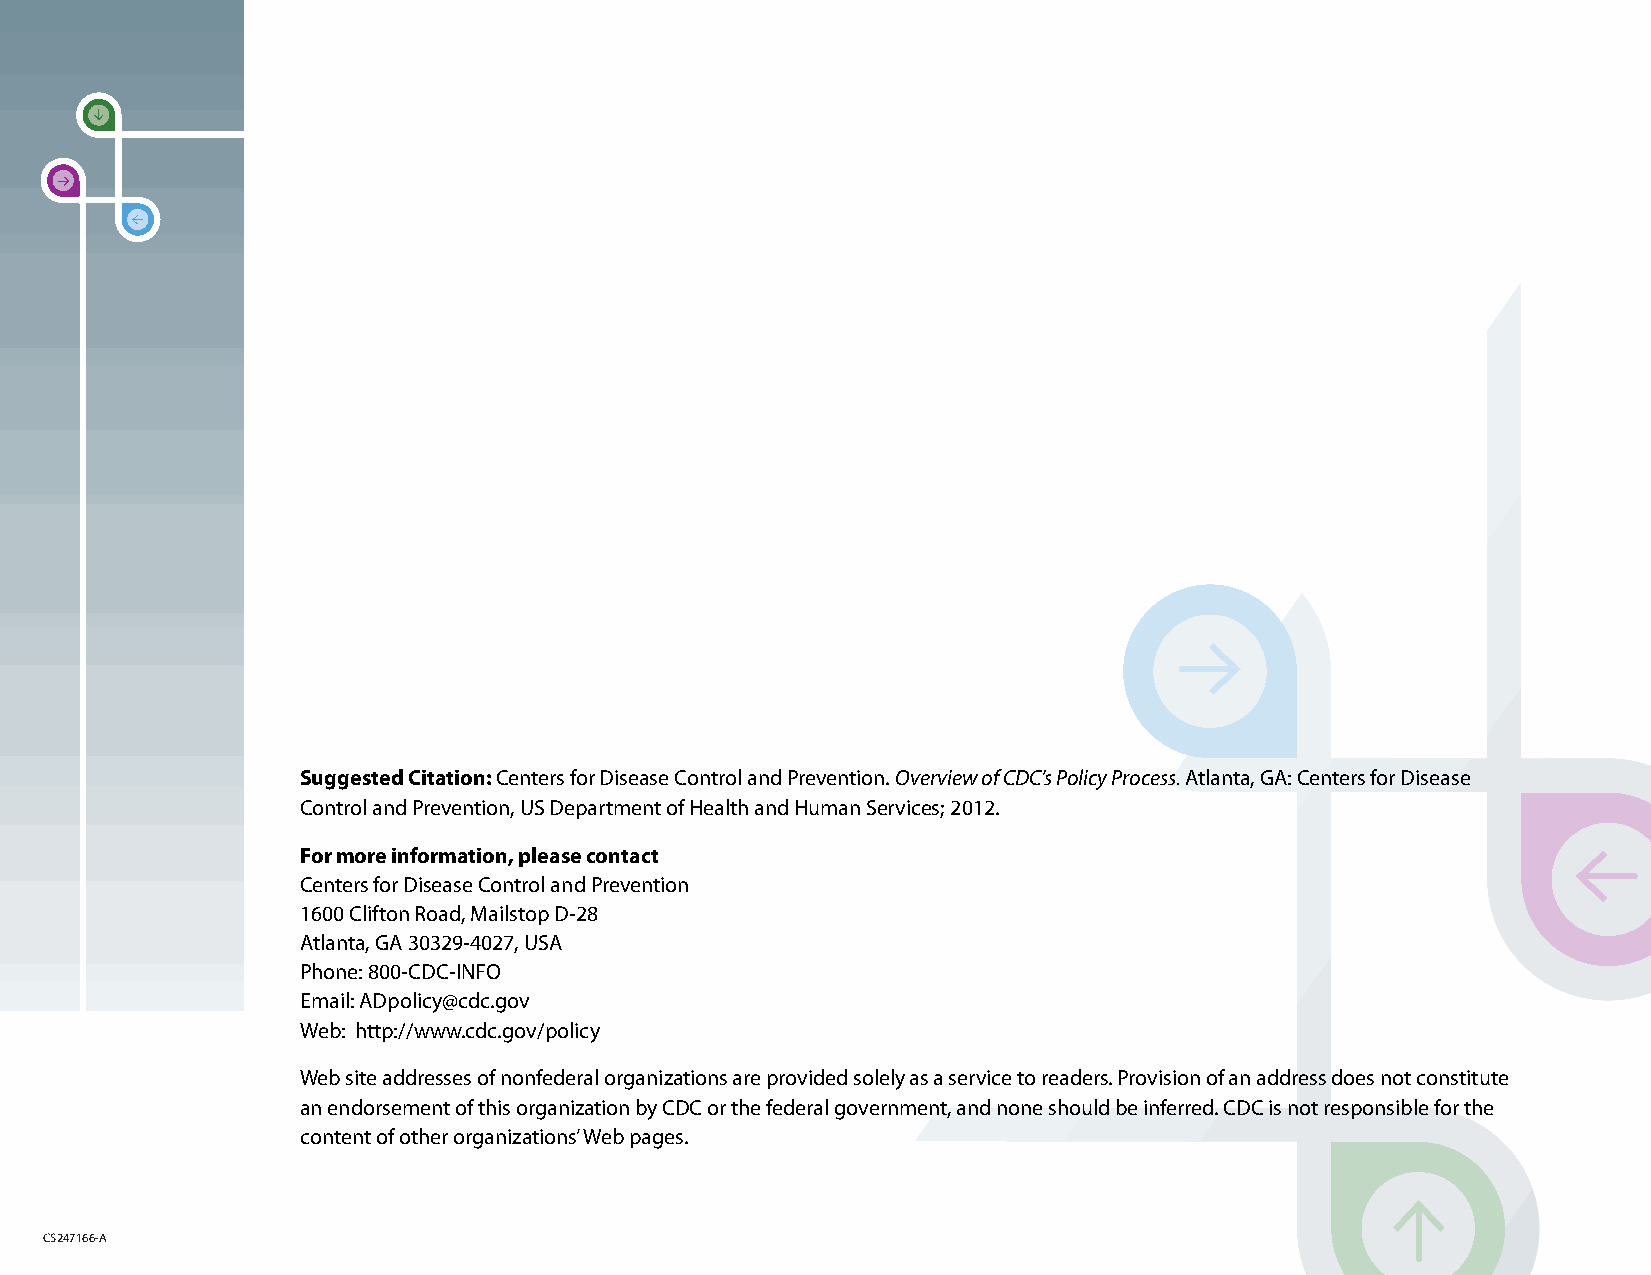
Suggested Citation: Centers for Disease Control and Prevention. Overview of CDC’s Policy Process. Atlanta, GA: Centers for Disease
 Control and Prevention, US Department of Health and Human Services; 2012.
 For more information, please contact
 Centers for Disease Control and Prevention
 1600 Clifton Road, Mailstop D-28
 Atlanta, GA 30329-4027, USA
 Phone: 800-CDC-INFO
 Email: ADpolicy@cdc.gov
 Web: h ttp://www.cdc.gov/policy
 Web site addresses of nonfederal organizations are provided solely as a service to readers. Provision of an address does not constitute
 an endorsement of this organization by CDC or the federal government, and none should be inferred. CDC is not responsible for the
 content of other organizations’ Web pages.
 CS247166-A